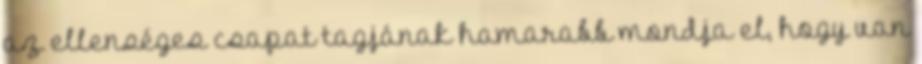
az ellenséges csapat tagjának hamarabb mondja el, hogy van